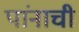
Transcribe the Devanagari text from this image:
पांनाची